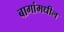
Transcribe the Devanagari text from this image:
बागांमधील